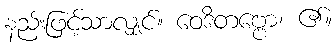
နည်းဖြင့်သာလျှင်။ ဝေဒိတဗ္ဗော၊ ၏။